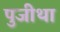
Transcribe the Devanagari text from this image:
पुजीथा